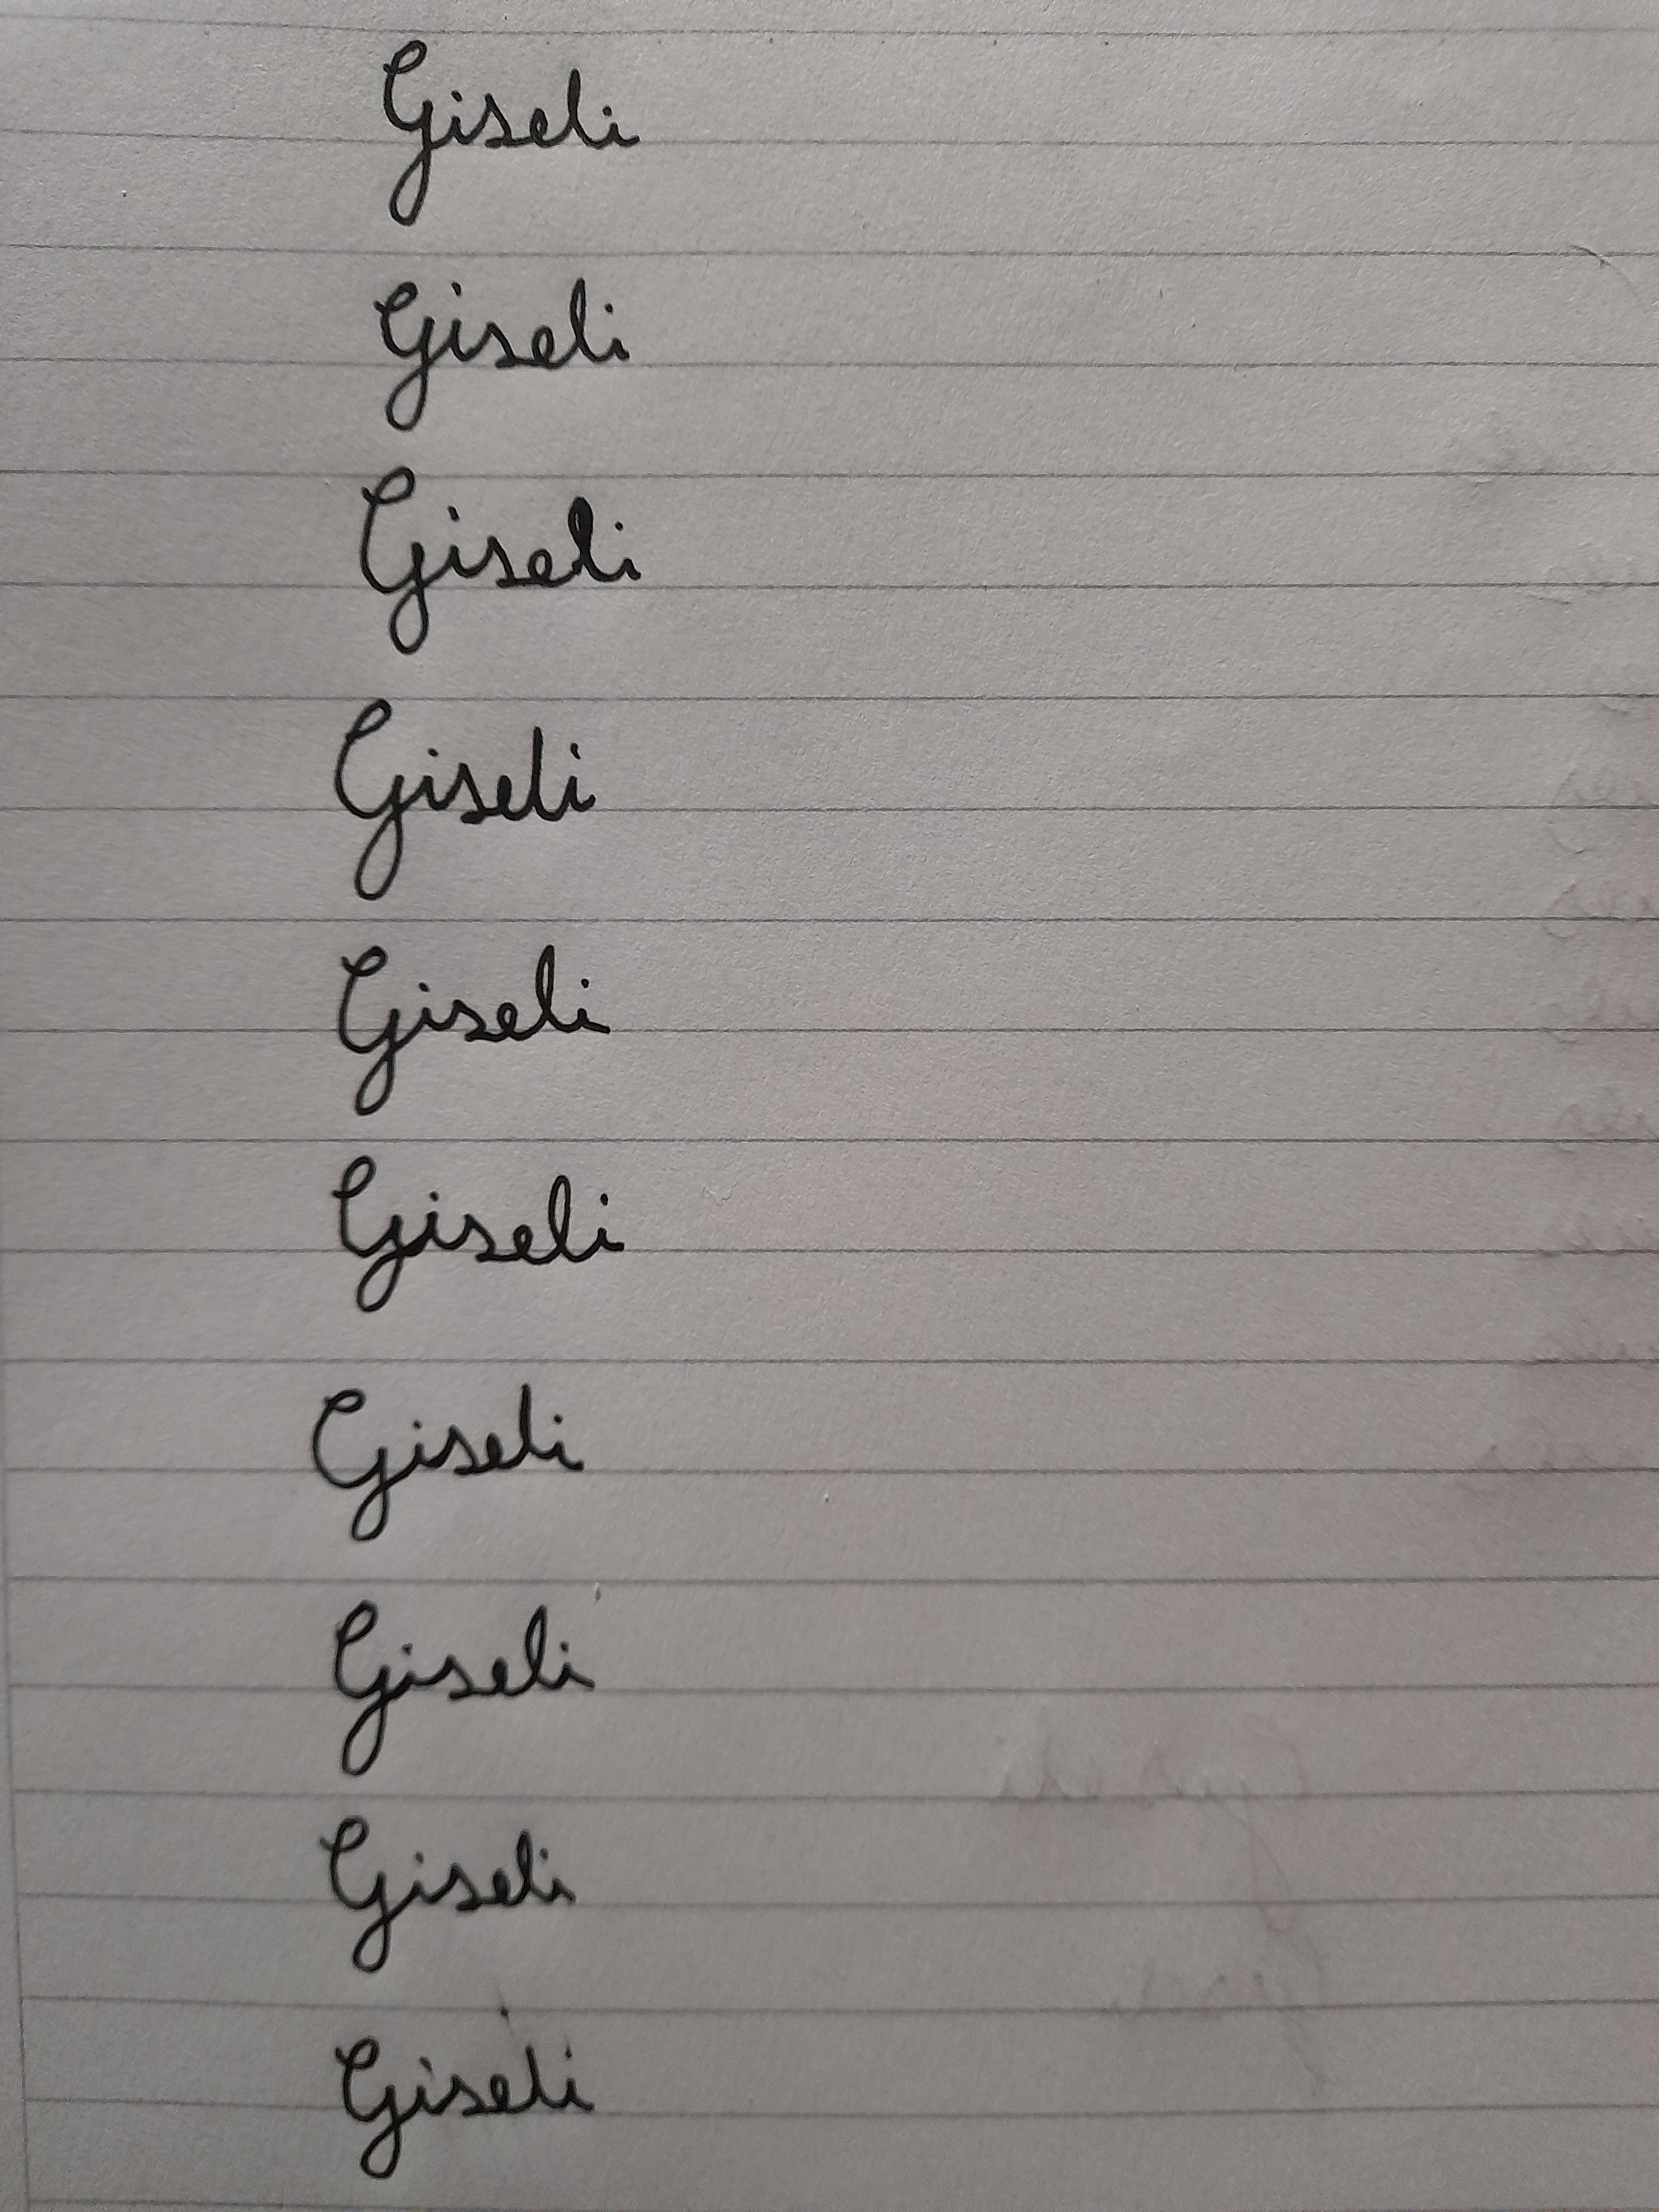
Signature authenticity: forged